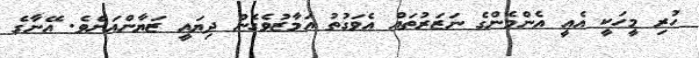
ހުރި މީހަކީ އެއީ އެންމެންގެ ނަޒަރުތައް އެވަގުތު އަމާޒުވެގެން ދިޔައީ ޒަޔާންއަށެވެ. އޭނާގެ